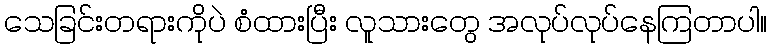
သေခြင်းတရားကိုပဲ စံထားပြီး လူသားတွေ အလုပ်လုပ်နေကြတာပါ။